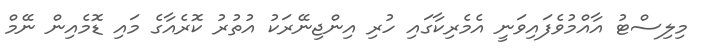
މިލިސްޓު އާއްމުވެފައިވަނީ އެމެރިކާގައި ހުރި އިންޖިނޭރަކު އުތުރު ކޮރެއާގެ މައި ޑޮމެއިން ނޭމް